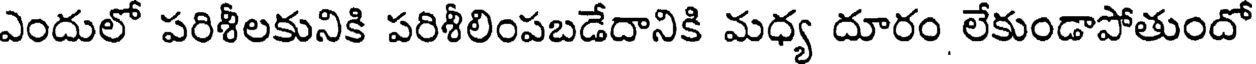
ఎందులో పరిశీలకునికి పరిశీలింపబడేదానికి మధ్య దూరం లేకుండాపోతుందో